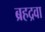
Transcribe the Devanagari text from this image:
ब्रहद्रवा